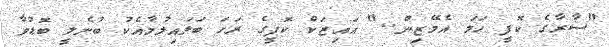
"ސާރާގެ ކޮފީ ހަމަ އެމޭޒިން.." އައިޒަކް ކޮފީގެ ރަހަ ބަލައިލުމާއެކު ބުނެލީ ބޮޑުވާ